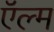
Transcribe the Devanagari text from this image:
ऍल्म